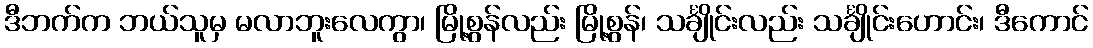
ဒီဘက်က ဘယ်သူမှ မလာဘူးလေကွာ၊ မြို့စွန်လည်း မြို့စွန်၊ သင်္ချိုင်းလည်း သင်္ချိုင်းဟောင်း၊ ဒီကောင်